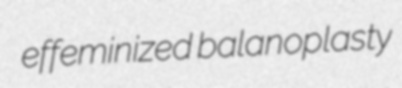
effeminized balanoplasty